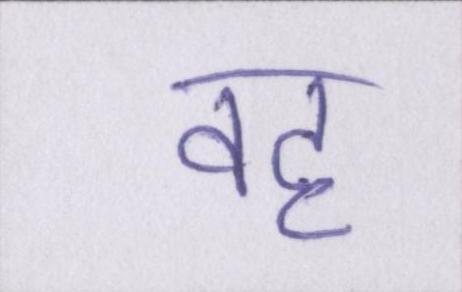
वह